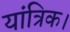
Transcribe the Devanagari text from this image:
यांत्रिक।